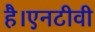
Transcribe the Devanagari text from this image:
है।एनटीवी